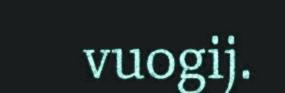
vuogij.